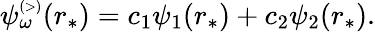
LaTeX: \begin{array}{r}{\psi_{\omega}^{\scriptscriptstyle(>)}(r_{*})=c_{1}\psi_{1}(r_{*})+c_{2}\psi_{2}(r_{*}).}\end{array}